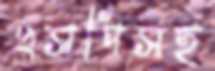
এসপিসহ